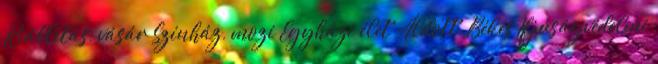
Kiállítás, vásár Színház, mozi Egyházi élet Áldott, Békés Ifjúságvédelmi